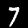
Label: 7